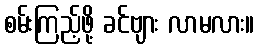
စမ်းကြည့်ဖို့ ခင်ဗျား လာမလား။